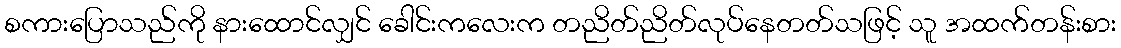
စကားပြောသည်ကို နားထောင်လျှင် ခေါင်းကလေးက တညိတ်ညိတ်လုပ်နေတတ်သဖြင့် သူ အထက်တန်းစား